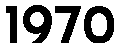
1970